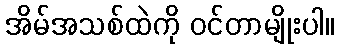
အိမ်အသစ်ထဲကို ဝင်တာမျိုးပါ။